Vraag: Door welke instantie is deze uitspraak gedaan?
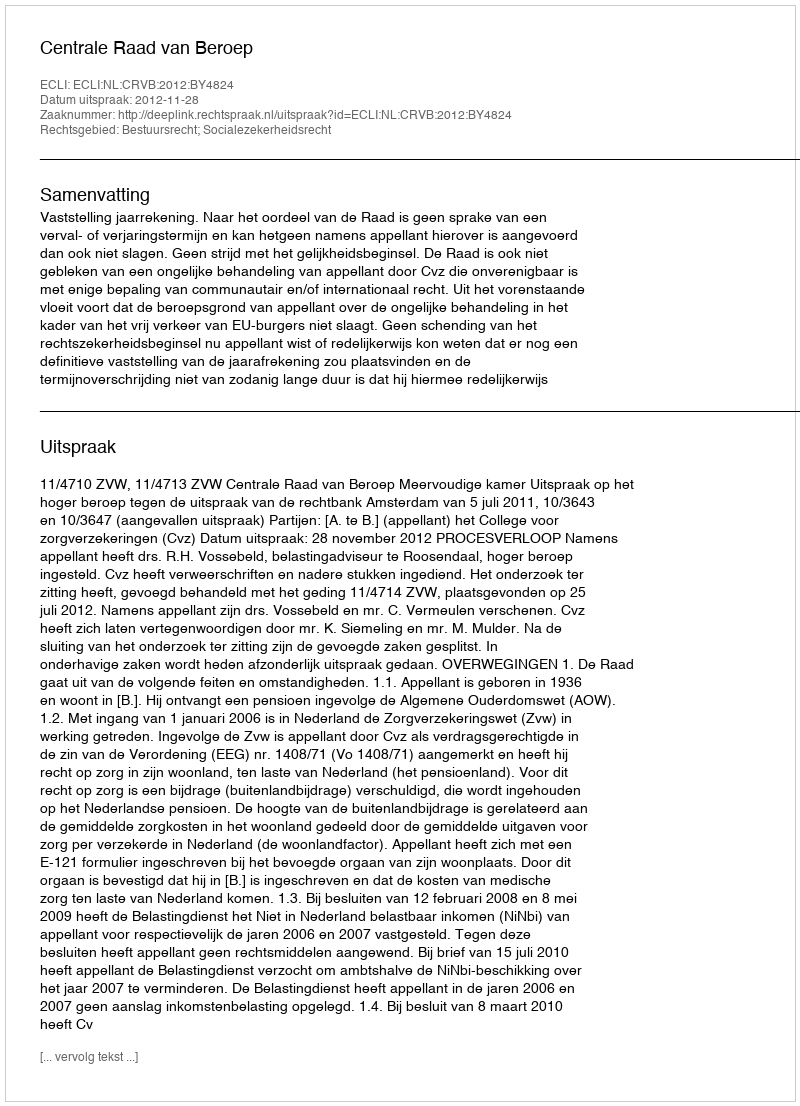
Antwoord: Centrale Raad van Beroep